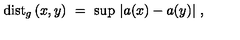
\mathrm { d i s t } _ { g } \left( x , y \right) \ = \ \mathrm { s u p } \ | a ( x ) - a ( y ) | \ ,